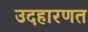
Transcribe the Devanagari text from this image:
उदहारणत